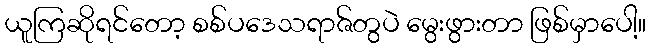
ယူကြဆိုရင်တော့ စစ်ပဒေသရာဇ်တွပဲ မွေးဖွားတာ ဖြစ်မှာပေါ့။